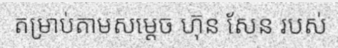
តម្រាប់តាមសម្តេច ហ៊ុន សែន របស់